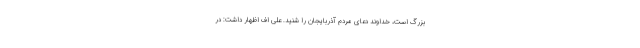
بزرگ است، خداوند دعای مردم آذربایجان را شنید. علی اف اظهار داشت: در